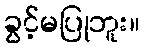
ခွင့်မပြုဘူး။